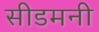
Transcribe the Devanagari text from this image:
सीडमनी